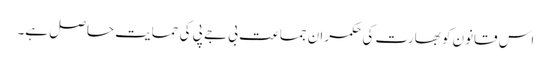
اس قانون کو بھارت کی حکمران جماعت بی جے پی کی حمایت حاصل ہے۔